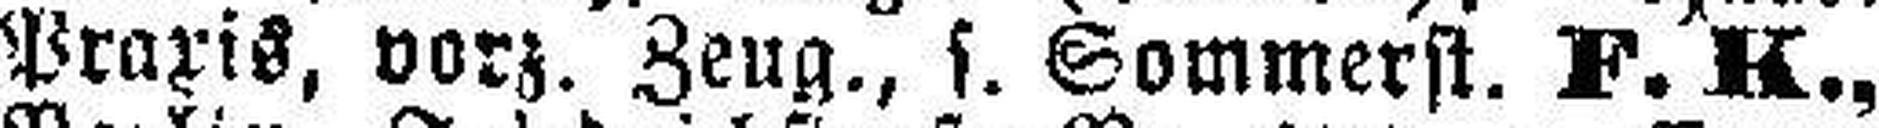
Praxis, vorz. Zeug., s. Sommerst. F. K.,